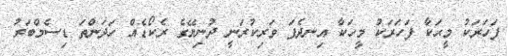
ފަހަރަކު މީޙަކާ ފަހަރަކު މީހަކާ އިނދެފަ ވަރިކުރަނީ ދުނިޔޭގެ ރެކޯޑެއް ހަދަންތަ ޑިސެމްބަރު